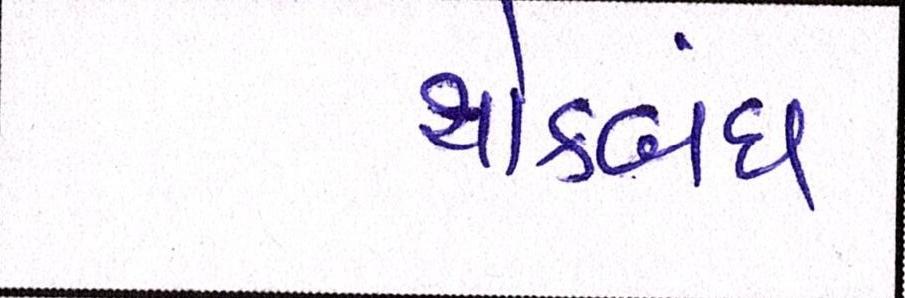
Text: થોકબંધ